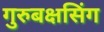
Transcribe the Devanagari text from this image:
गुरुबक्षसिंग